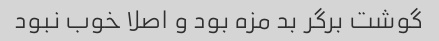
گوشت برگر بد مزه بود و اصلا خوب نبود